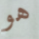
هو